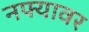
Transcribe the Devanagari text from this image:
नफ्यावर